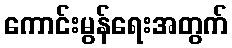
ကောင်းမွန်ရေးအတွက်